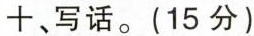
十、写话。(15分)